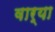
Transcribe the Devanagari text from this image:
वार्‍या